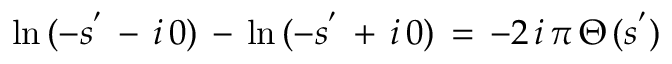
\ln \, ( - s ^ { ' } \, - \, i \, 0 ) \, - \, \ln \, ( - s ^ { ' } \, + \, i \, 0 ) \, = \, - 2 \, i \, \pi \, \Theta \, ( s ^ { ' } )